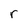
Character: r